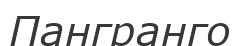
Пангранго